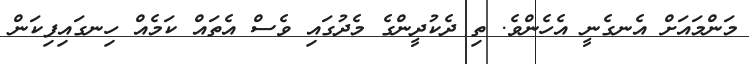
މަންމައަށް އެނގެނީ އެހެންވެ. ތި ދެކުދީންގެ މެދުގައި ވެސް އެތައް ކަމެއް ހިނގައިފިކަން